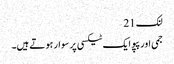
لنک 21
جمی اور پپو ایک ٹیکسی پر سوار ہوتے ہیں۔